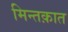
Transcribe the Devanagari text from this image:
मिन्तक़ात